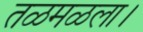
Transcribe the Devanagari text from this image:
तळमळला।